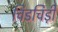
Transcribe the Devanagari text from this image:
चिडचिड़ी